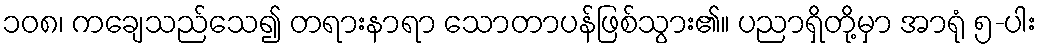
၁၀၈၊ ကချေသည်သေ၍ တရားနာရာ သောတာပန်ဖြစ်သွား၏။ ပညာရှိတို့မှာ အာရုံ ၅-ပါး